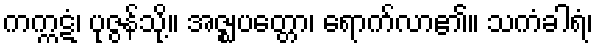
ကက္ကဋံ၊ ပုဇွန်သို့။ အဇ္ဈပတ္တော၊ ရောက်လာ၏။ သကံခါရံ၊